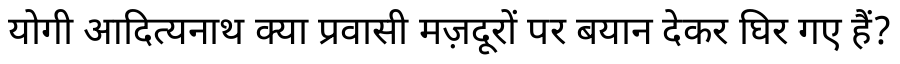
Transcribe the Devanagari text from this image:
योगी आदित्यनाथ क्या प्रवासी मज़दूरों पर बयान देकर घिर गए हैं?